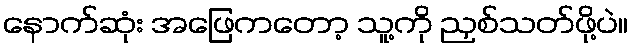
နောက်ဆုံး အဖြေကတော့ သူ့ကို ညှစ်သတ်ဖို့ပဲ။